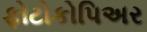
ફોટોકોપિઅર